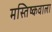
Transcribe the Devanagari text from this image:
मस्तिष्कवाला